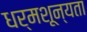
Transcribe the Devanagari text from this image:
धर्मशून्यता